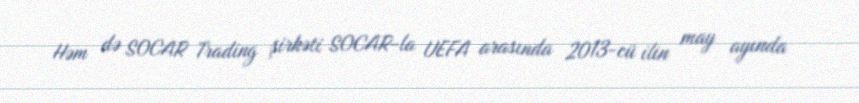
Həm də SOCAR Trading şirkəti SOCAR-la UEFA arasında 2013-cü ilin may ayında